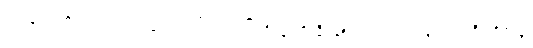
အနောက်တိုင်းရဲ့ သံတမန်ထုံးတမ်းတွေ၊ ဗြိတိသျှကြိုးနီစနစ်လုပ်ထုံးတွေနဲ့ မင်းကြီးတို့အဖွဲ့